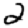
Digit: 2